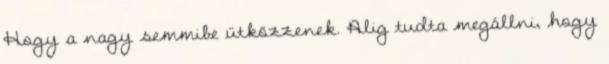
Hogy a nagy semmibe ütközzenek. Alig tudta megállni, hogy